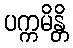
ပက္ကမိန္တိ